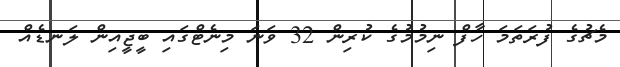
މެޗުގެ ފުރަތަމަ ހާފް ނިމުމުގެ ކުރިން 32 ވަނަ މިނެޓްގައި ބީޖީއިން ލަނޑެއް